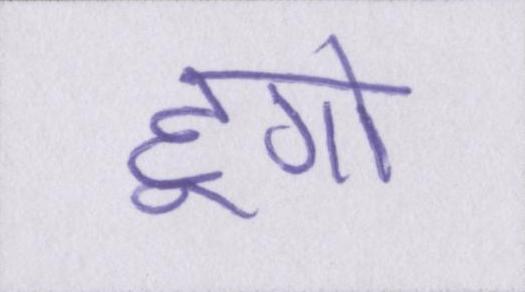
हूगो